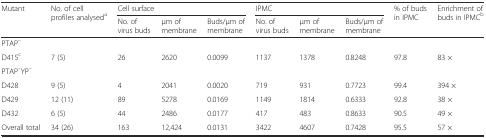
<table><thead><tr><td rowspan="2"><b>Mutant</b></td><td rowspan="2"><b>No. of cell profiles analysed<sup>a</sup></b></td><td colspan="3"><b>Cell surface</b></td><td colspan="3"><b>IPMC</b></td><td rowspan="2"><b>% of buds in IPMC</b></td><td rowspan="2"><b>Enrichment of buds in IPMC<sup>b</sup></b></td></tr><tr><td><b>No. of virus buds</b></td><td><b>μm of membrane</b></td><td><b>Buds/μm of membrane</b></td><td><b>No. of virus buds</b></td><td><b>μm of membrane</b></td><td><b>Buds/μm of membrane</b></td></tr></thead><tbody><tr><td colspan="10">PTAP<sup>–</sup></td></tr><tr><td>D415<sup>c</sup></td><td>7 (5)</td><td>26</td><td>2620</td><td>0.0099</td><td>1137</td><td>1378</td><td>0.8248</td><td>97.8</td><td>83 ×</td></tr><tr><td colspan="10">PTAP<sup>–</sup>YP<sup>–</sup></td></tr><tr><td>D428</td><td>9 (5)</td><td>4</td><td>2041</td><td>0.0020</td><td>719</td><td>931</td><td>0.7723</td><td>99.4</td><td>394 ×</td></tr><tr><td>D429</td><td>12 (11)</td><td>89</td><td>5278</td><td>0.0169</td><td>1149</td><td>1814</td><td>0.6333</td><td>92.8</td><td>38 ×</td></tr><tr><td>D432</td><td>6 (5)</td><td>44</td><td>2486</td><td>0.0177</td><td>417</td><td>483</td><td>0.8633</td><td>90.5</td><td>49 ×</td></tr><tr><td>Overall total</td><td>34 (26)</td><td>163</td><td>12,424</td><td>0.0131</td><td>3422</td><td>4607</td><td>0.7428</td><td>95.5</td><td>57 ×</td></tr></tbody></table>